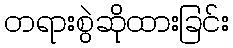
တရားစွဲဆိုထားခြင်း